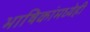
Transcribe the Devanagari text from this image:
भाषिकांमध्येही